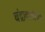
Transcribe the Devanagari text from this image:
चंद्रावळीची